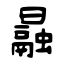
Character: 曧